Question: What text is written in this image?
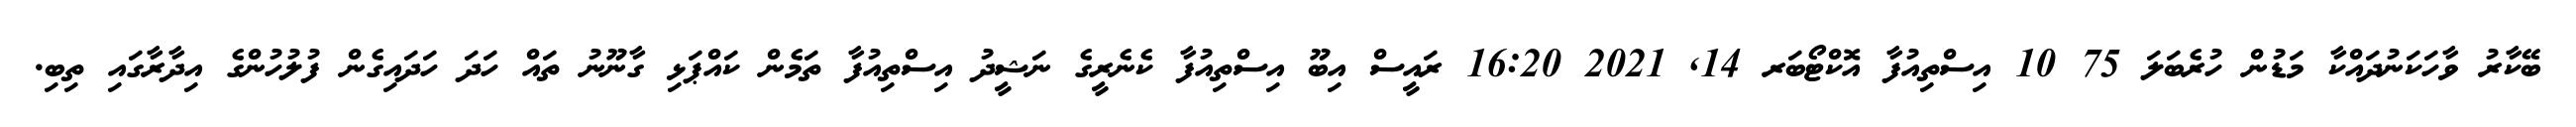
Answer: ބޭކާރު ވާހަކަނުދައްކާ މަޑުން ހުރެބަލަ 75 10 އިސްތިއުފާ އޮކްޓޯބަރ 14, 2021 16:20 ރައީސް އިބޫ އިސްތިއުފާ ކެނެރީގެ ނަޝީދު އިސްތިއުފާ ތަމެން ކައްޕަޅި ގާނޫނު ތައް ހަދަ ހަދައިގެން ފުލުހުންގެ އިދާރާގައި ތިބި.